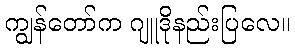
ကျွန်တော်က ဂျူဒိုနည်းပြလေ။